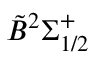
\tilde { B } { } ^ { 2 } \Sigma _ { 1 / 2 } ^ { + }